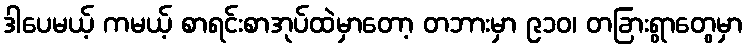
ဒါပေမယ့် ကမယ့် စာရင်းစာအုပ်ထဲမှာတော့ တဘားမှာ ၉၁၀၊ တခြားရွာတွေမှာ